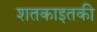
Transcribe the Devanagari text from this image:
शतकाइतकी